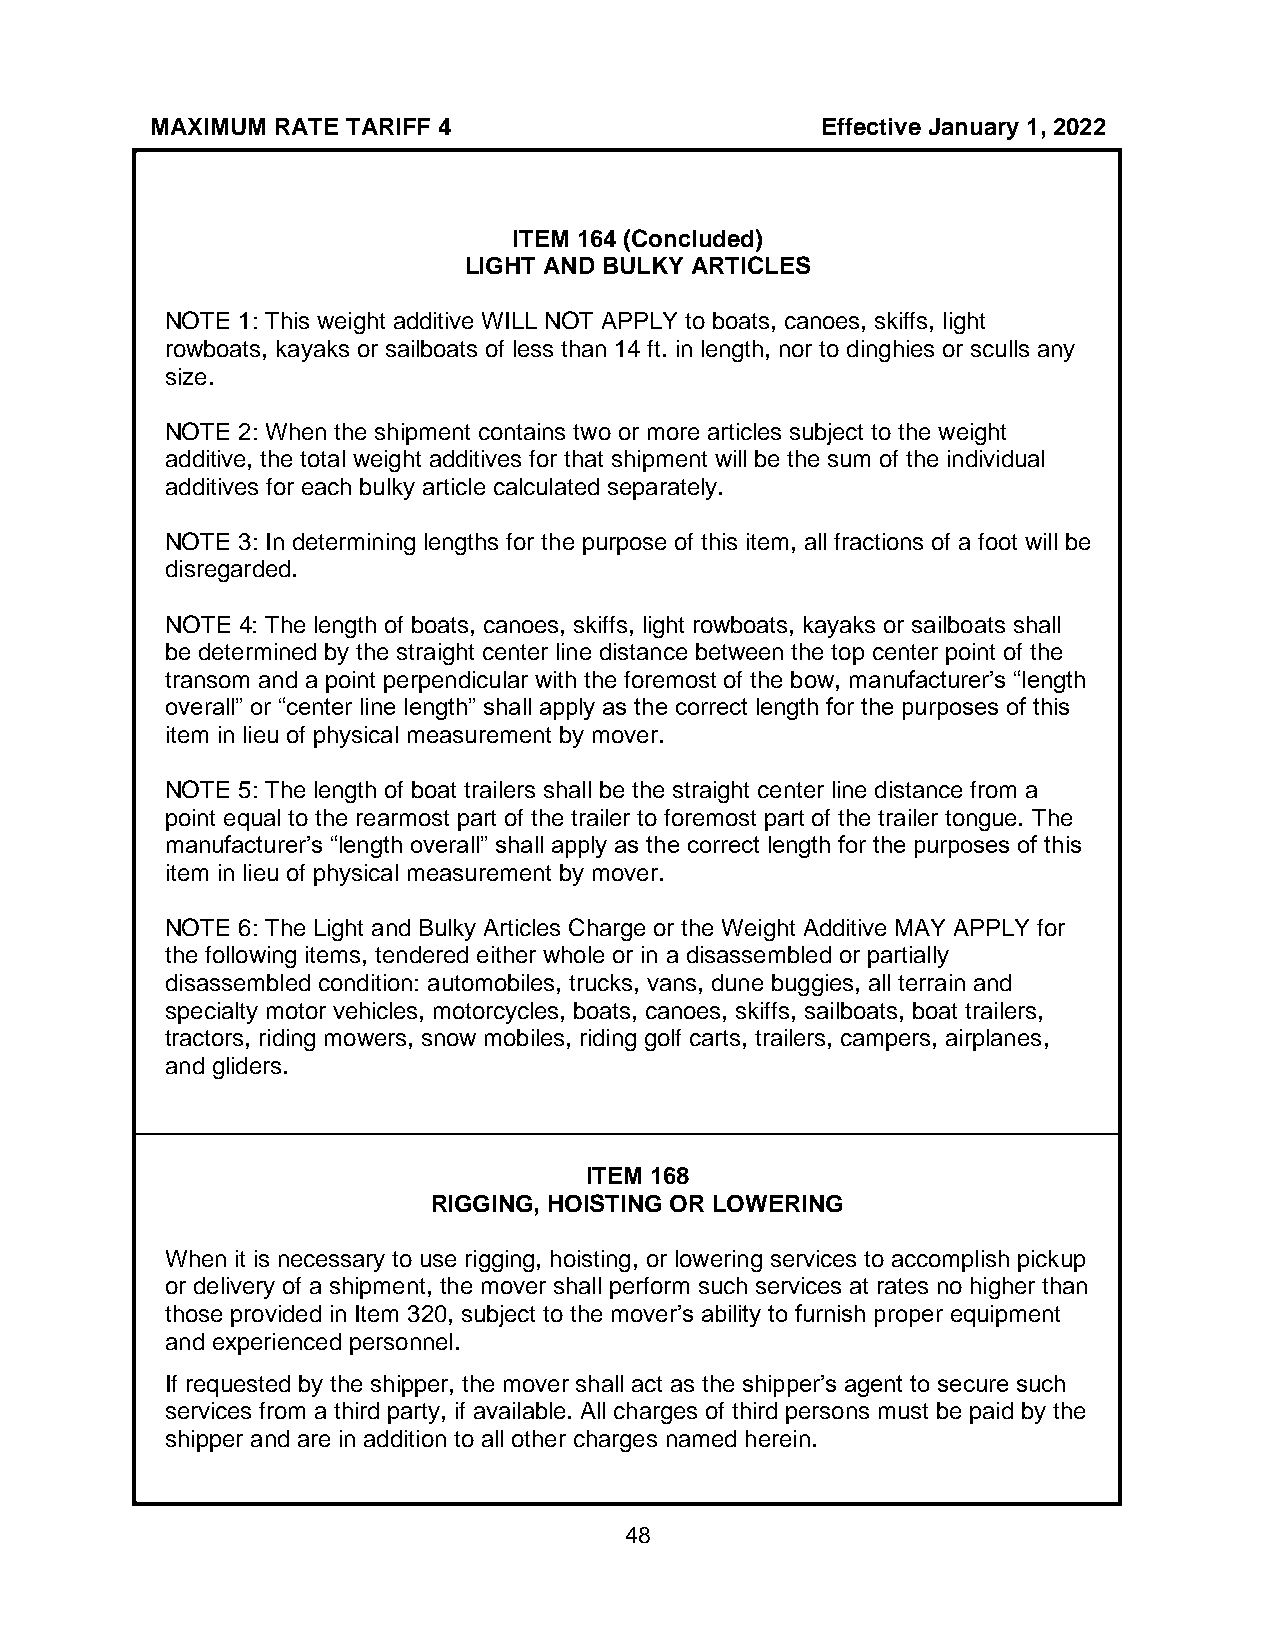
MAXIMUM RATE TARIFF 4                       Effective January 1, 2022
 ITEM 164 (Concluded)
 LIGHT AND BULKY ARTICLES
 NOTE 1: This weight additive WILL NOT APPLY to boats, canoes, skiffs, light
 rowboats, kayaks or sailboats of less than 14 ft. in length, nor to dinghies or sculls any
 size.
 NOTE 2: When the shipment contains two or more articles subject to the weight
 additive, the total weight additives for that shipment will be the sum of the individual
 additives for each bulky article calculated separately.
 NOTE 3: In determining lengths for the purpose of this item, all fractions of a foot will be
 disregarded.
 NOTE 4: The length of boats, canoes, skiffs, light rowboats, kayaks or sailboats shall
 be determined by the straight center line distance between the top center point of the
 transom and a point perpendicular with the foremost of the bow, manufacturer’s “length
 overall” or “center line length” shall apply as the correct length for the purposes of this
 item in lieu of physical measurement by mover.
 NOTE 5: The length of boat trailers shall be the straight center line distance from a
 point equal to the rearmost part of the trailer to foremost part of the trailer tongue. The
 manufacturer’s “length overall” shall apply as the correct length for the purposes of this
 item in lieu of physical measurement by mover.
 NOTE 6: The Light and Bulky Articles Charge or the Weight Additive MAY APPLY for
 the following items, tendered either whole or in a disassembled or partially
 disassembled condition: automobiles, trucks, vans, dune buggies, all terrain and
 specialty motor vehicles, motorcycles, boats, canoes, skiffs, sailboats, boat trailers,
 tractors, riding mowers, snow mobiles, riding golf carts, trailers, campers, airplanes,
 and gliders.
 ITEM 168
 RIGGING, HOISTING OR LOWERING
 When it is necessary to use rigging, hoisting, or lowering services to accomplish pickup
 or delivery of a shipment, the mover shall perform such services at rates no higher than
 those provided in Item 320, subject to the mover’s ability to furnish proper equipment
 and experienced personnel.
 If requested by the shipper, the mover shall act as the shipper’s agent to secure such
 services from a third party, if available. All charges of third persons must be paid by the
 shipper and are in addition to all other charges named herein.
 48